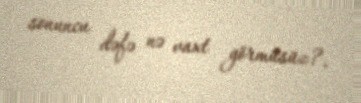
sonuncu dəfə nə vaxt görmüsüz?.